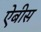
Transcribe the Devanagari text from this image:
ऐबीस